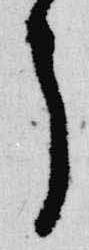
了